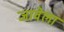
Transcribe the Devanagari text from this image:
जावेला